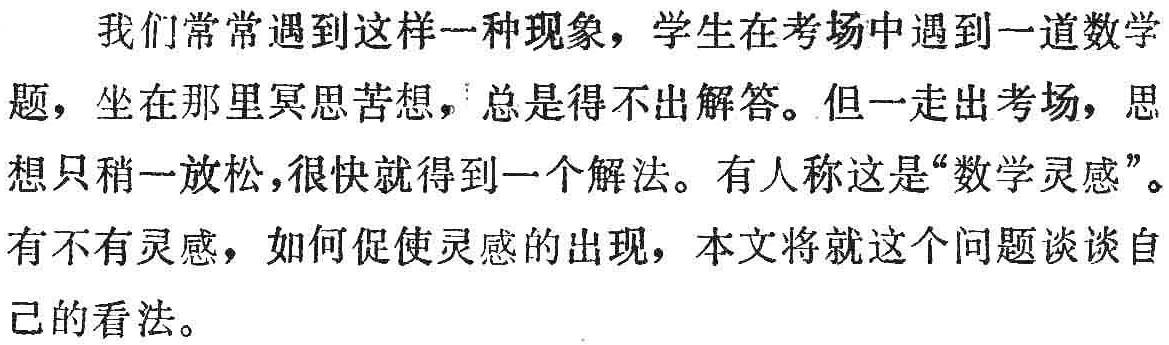
我们常常遇到这样一种现象，学生在考场中遇到一道数学题，坐在那里冥思苦想，总是得不出解答。但一走出考场，思想只稍一放松，很快就得到一个解法。有人称这是“数学灵感”。有不有灵感，如何促使灵感的出现，本文将就这个问题谈谈自己的看法。